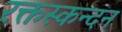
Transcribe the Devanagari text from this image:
रक्तस्कन्दन